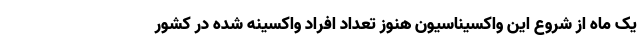
یک ماه از شروع این واکسیناسیون هنوز تعداد افراد واکسینه شده در کشور